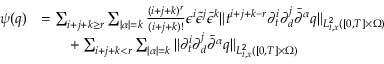
\begin{array} { r l } { \psi ( q ) } & { = \sum _ { i + j + k \ge r } \sum _ { | \alpha | = k } \frac { ( i + j + k ) ^ { r } } { ( i + j + k ) ! } \epsilon ^ { i } \tilde { \epsilon } ^ { j } \bar { \epsilon } ^ { k } \| t ^ { i + j + k - r } \partial _ { t } ^ { i } \partial _ { d } ^ { j } \bar { \partial } ^ { \alpha } q \| _ { L _ { t , x } ^ { 2 } ( [ 0 , T ] \times \Omega ) } } \\ & { \quad \quad + \sum _ { i + j + k < r } \sum _ { | \alpha | = k } \| \partial _ { t } ^ { i } \partial _ { d } ^ { j } \bar { \partial } ^ { \alpha } q \| _ { L _ { t , x } ^ { 2 } ( [ 0 , T ] \times \Omega ) } } \end{array}